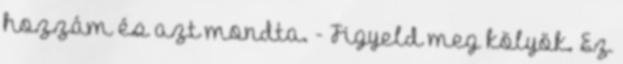
hozzám és azt mondta. - Figyeld meg kölyök. Ez